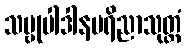
သဗ္ဗုပါဒါနပရိညာသုတ္တံ